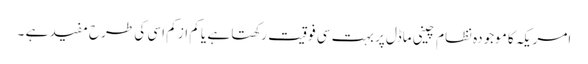
امریکہ کا موجودہ نظام چینی ماڈل پر بہت سی فوقیت رکھتا ہے یا کم از کم اسی کی طرح مفید ہے ۔